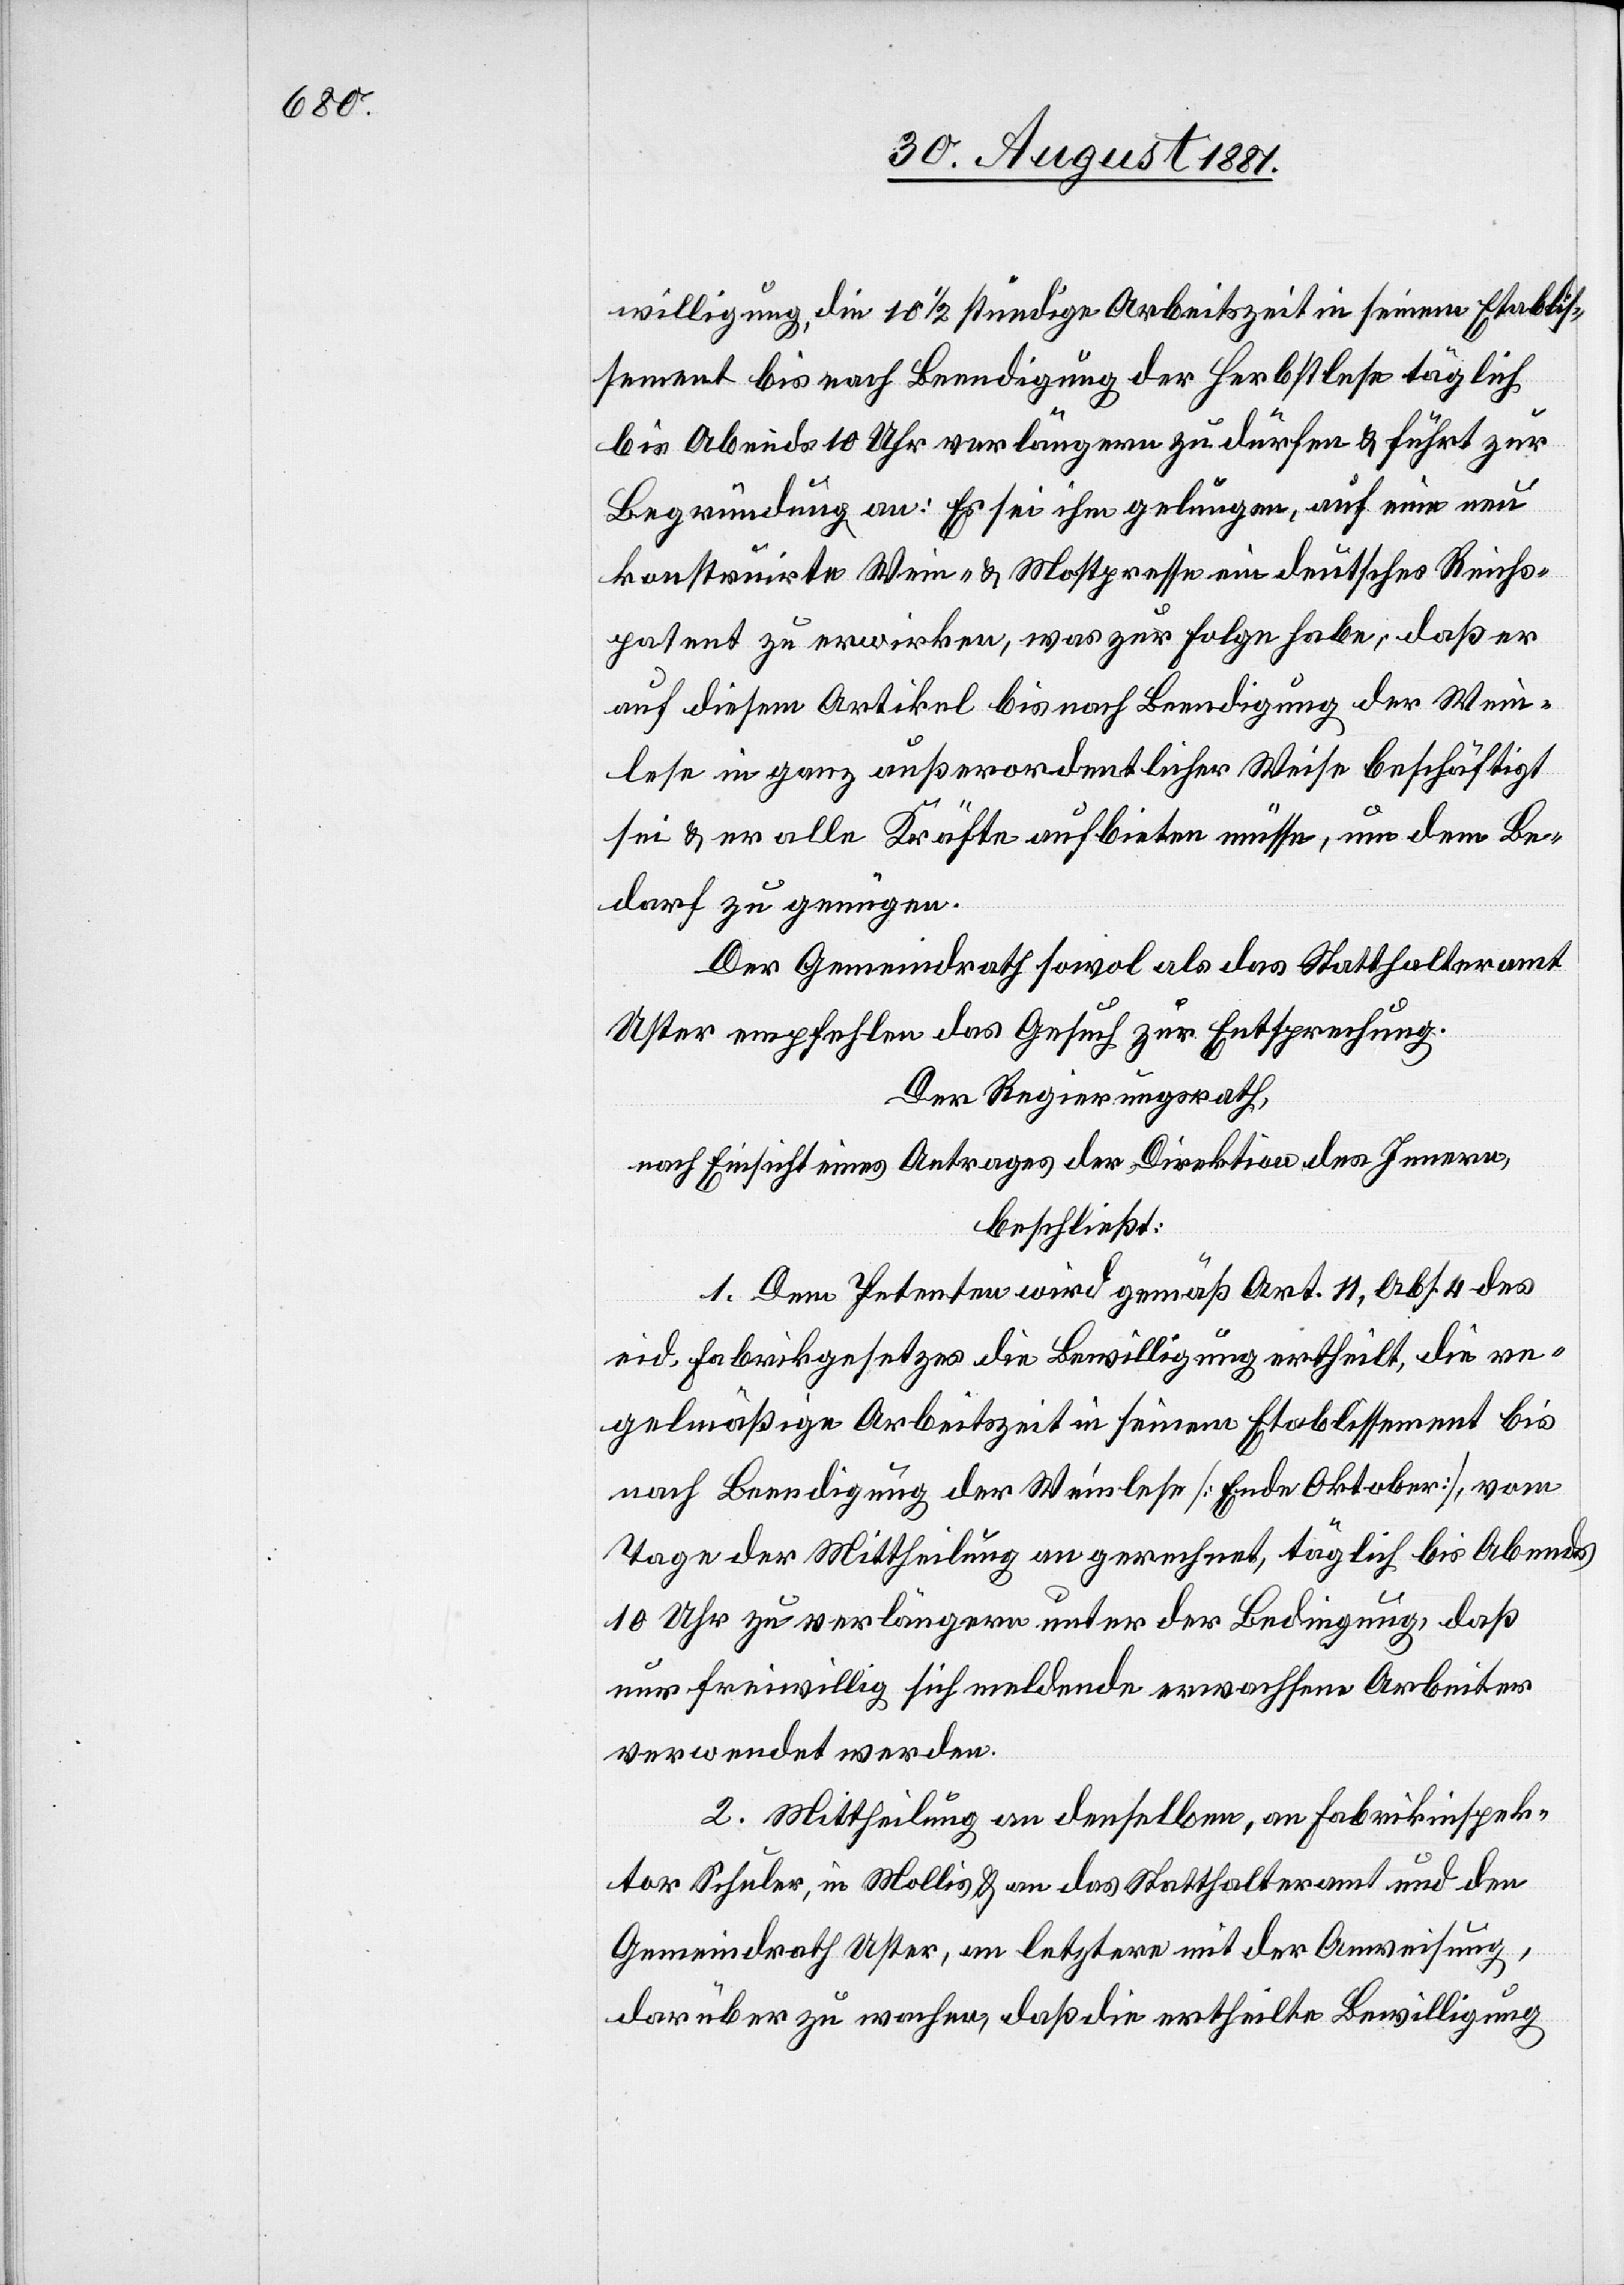
willigung, die 10 1/2 stündige Arbeitszeit in seinem Etablis¬
sement bis nach Beendigung der Herbstlese täglich
bis Abends 10 Uhr verlängern zu dürfen & führt zur
Begründung an: Es sei ihm gelungen, auf eine neu
konstruirte Wein- & Mostpresse ein deutsches Reichs¬
patent zu erwirken, was zur Folge habe, daß er
auf diesem Artikel bis nach Beendigung der Wein¬
lese in ganz außerordentlicher Weise beschäftigt
sei & er alle Kräfte aufbieten müsse, um dem Be¬
darf zu genügen.
Der Gemeindrath sowol als das Statthalteramt
Uster empfehlen das Gesuch zur Entsprechung:
Der Regierungsrath,
nach Einsicht eines Antrages der Direktion des Innern,
beschließt:
1. Dem Petenten wird gemäß Art. 11, Abs. 4 des
eid. Fabrikgesetzes die Bewilligung ertheilt, die re¬
gelmäßige Arbeitszeit in seinem Etablissement bis
nach Beendigung der Weinlese [Ende Oktober], vom
Tage der Mittheilung an gerechnet, täglich bis Abends
10 Uhr zu verlängern unter der Bedingung, daß
nur freiwillig sich meldende erwachsene Arbeiter
verwendet werden.
2. Mittheilung an denselben, an Fabrikinspek¬
tor Schuler, in Mollis & an das Statthalteramt und den
Gemeindrath Uster, an letztern mit der Anweisung,
darüber zu wachen, daß die ertheilte Bewilligung